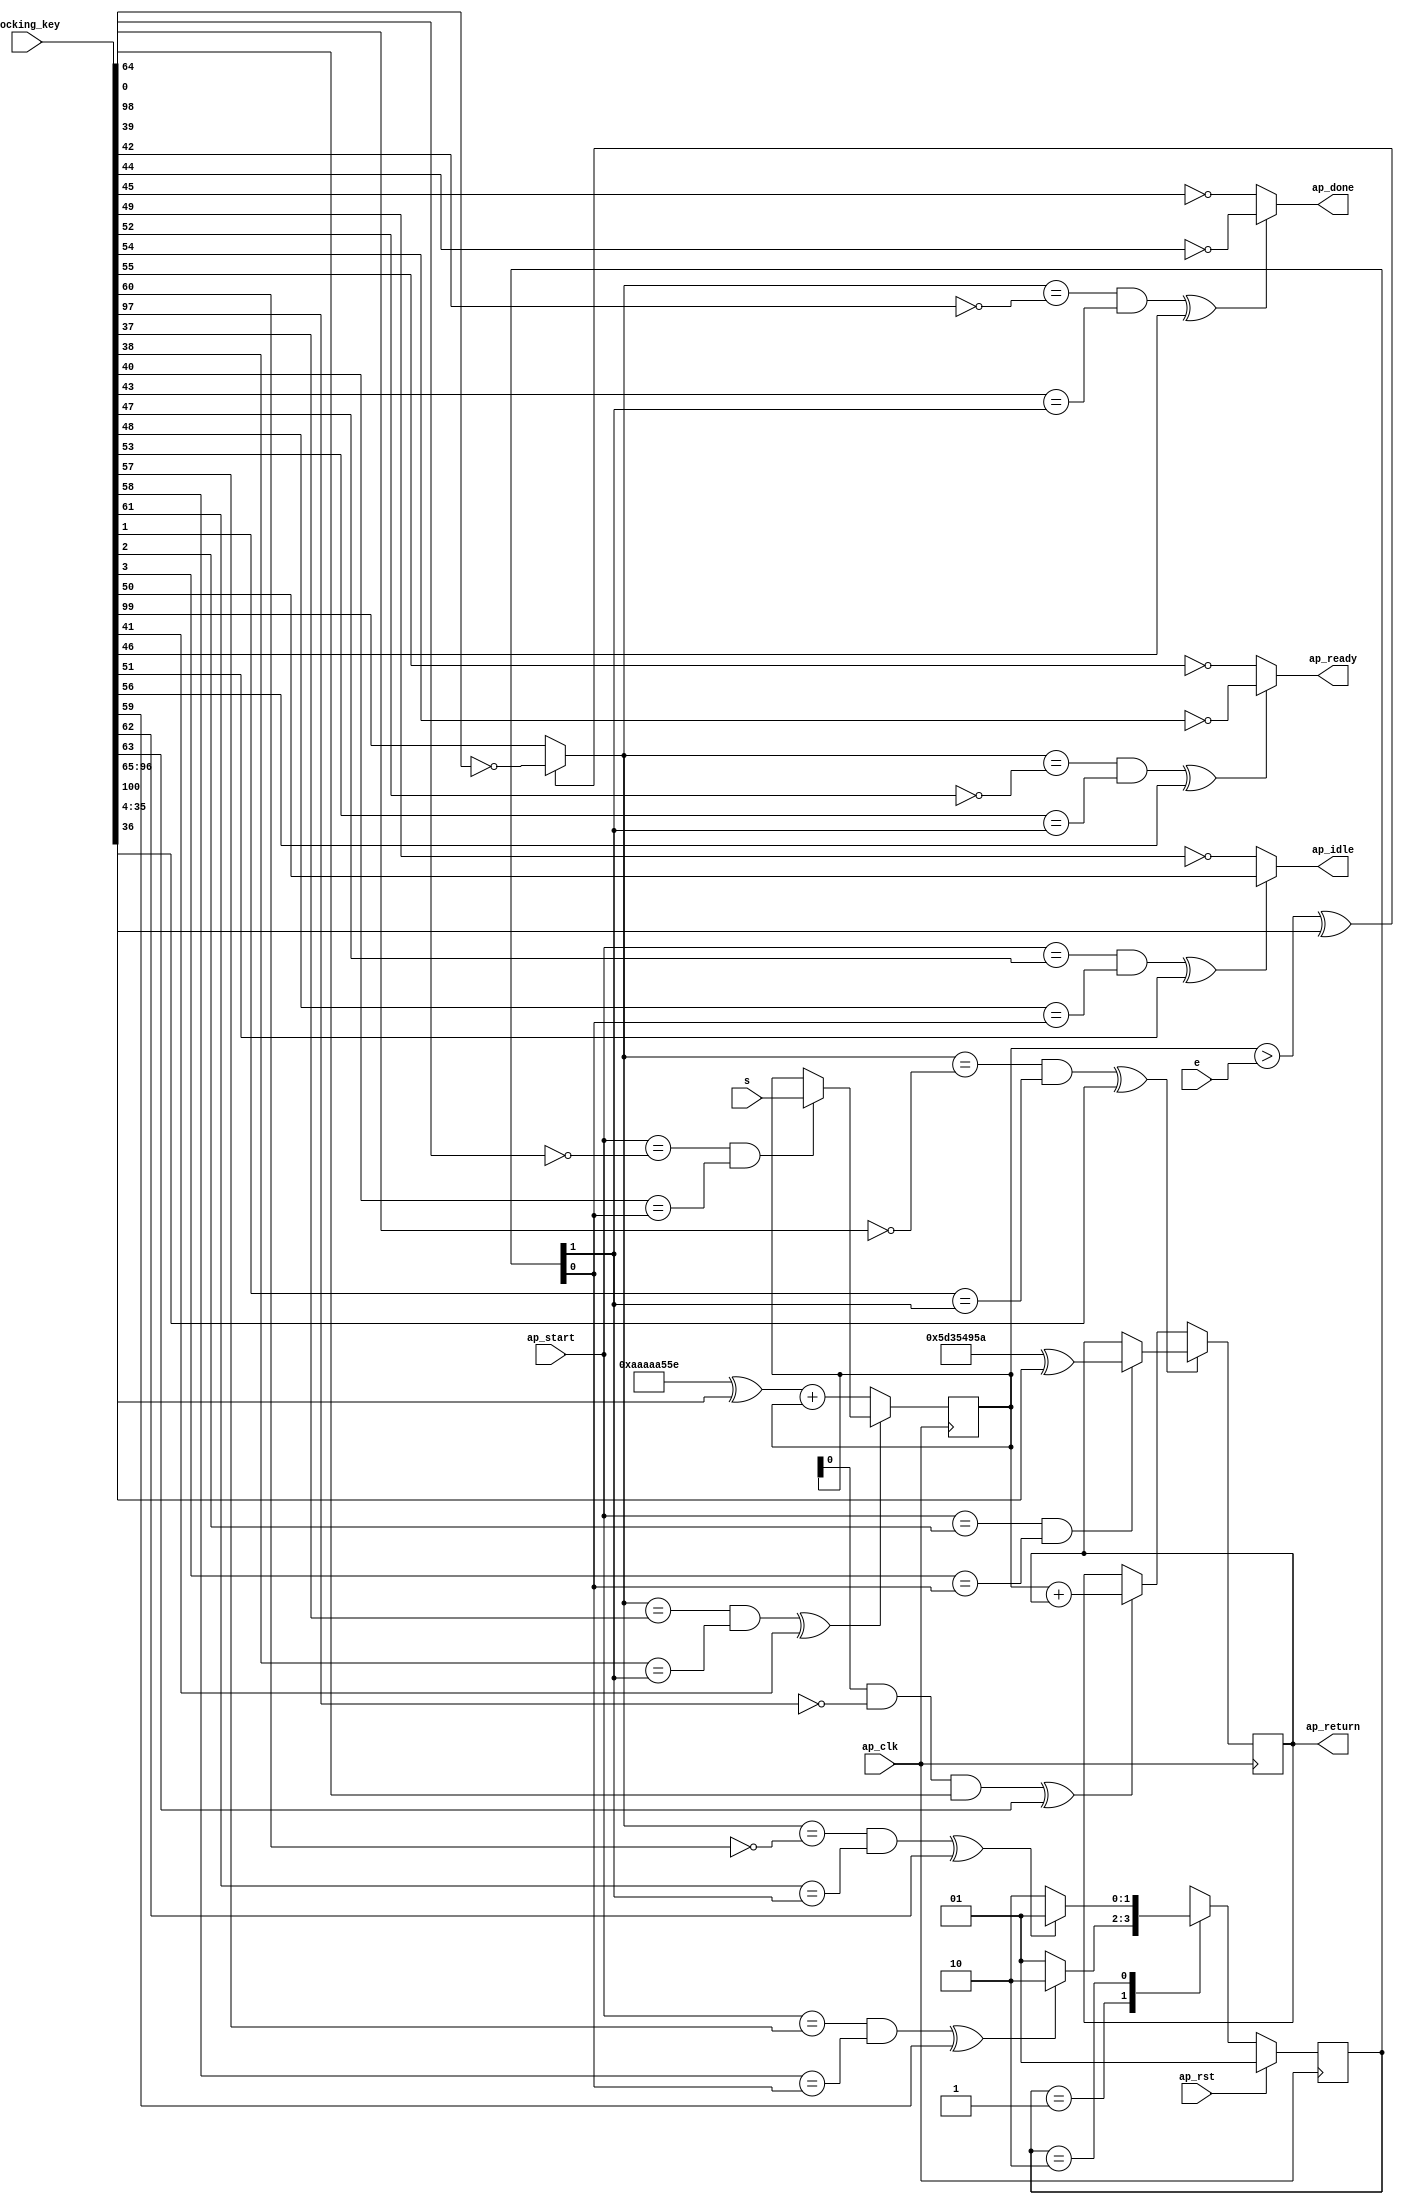
module even_odd_0_obf
(
  ap_clk,
  ap_rst,
  ap_start,
  ap_done,
  ap_idle,
  ap_ready,
  s,
  e,
  ap_return,
  locking_key
);

  parameter ap_ST_fsm_state1 = 2'd1;
  parameter ap_ST_fsm_state2 = 2'd2;
  input ap_clk;
  input ap_rst;
  input ap_start;
  output ap_done;
  output ap_idle;
  output ap_ready;
  input [31:0] s;
  input [31:0] e;
  output [31:0] ap_return;
  reg ap_done;
  reg ap_idle;
  reg ap_ready;
  reg [1:0] ap_CS_fsm;
  wire ap_CS_fsm_state1;
  wire [31:0] evensum_1_fu_63_p3;
  wire ap_CS_fsm_state2;
  wire [0:0] tmp_fu_48_p2;
  wire [31:0] i_1_fu_71_p2;
  reg [31:0] i_reg_28;
  reg [31:0] evensum_reg_37;
  wire [0:0] tmp_1_fu_59_p1;
  wire [0:0] tmp_1_fu_59_p1_temp;
  wire [31:0] evensum_2_fu_53_p2;
  reg [1:0] ap_NS_fsm;
  wire Const_0;
  wire Const_1;
  wire Const_2;
  wire Const_3;
  wire [31:0] Const_4;
  wire Const_5;
  wire Const_6;
  wire Const_7;
  wire Const_8;
  wire Const_9;
  wire Const_10;
  wire Const_11;
  wire Const_12;
  wire Const_13;
  wire Const_14;
  wire Const_15;
  wire Const_16;
  wire Const_17;
  wire Const_18;
  wire Const_19;
  wire Const_20;
  wire Const_21;
  wire Const_22;
  wire Const_23;
  wire Const_24;
  wire Const_25;
  wire [31:0] Const_26;
  wire Const_27;
  wire Const_28;
  wire Const_29;
  input [254:0] locking_key;
  wire [100:0] working_key;

  initial begin
    #0 ap_CS_fsm = 2'd1;
  end


  always @(posedge ap_clk) begin
    if(ap_rst == 1'b1) begin
      ap_CS_fsm <= ap_ST_fsm_state1;
    end else begin
      ap_CS_fsm <= ap_NS_fsm;
    end
  end

  assign Const_0 = (1'b1 ^ working_key[0]);
  assign Const_1 = (1'b0 ^ working_key[1]);
  assign Const_2 = (1'b0 ^ working_key[2]);
  assign Const_3 = (1'b0 ^ working_key[3]);
  assign Const_4 = (32'b01011101001101010100100101011010 ^ working_key[35:4]);

  always @(posedge ap_clk) begin
    if(((tmp_fu_48_p2 == Const_0) & (Const_1 == ap_CS_fsm_state2) ^ working_key[36]) == 1'b0) begin
      evensum_reg_37 <= evensum_1_fu_63_p3;
    end else if((ap_start == Const_2) & (Const_3 == ap_CS_fsm_state1)) begin
      evensum_reg_37 <= Const_4;
    end 
  end

  assign Const_5 = (1'b0 ^ working_key[37]);
  assign Const_6 = (1'b0 ^ working_key[38]);
  assign Const_7 = (1'b1 ^ working_key[39]);
  assign Const_8 = (1'b0 ^ working_key[40]);

  always @(posedge ap_clk) begin
    if(((tmp_fu_48_p2 == Const_5) & (Const_6 == ap_CS_fsm_state2) ^ working_key[41]) == 1'b0) begin
      i_reg_28 <= i_1_fu_71_p2;
    end else if((ap_start == Const_7) & (Const_8 == ap_CS_fsm_state1)) begin
      i_reg_28 <= s;
    end 
  end

  assign Const_9 = (1'b1 ^ working_key[42]);
  assign Const_10 = (1'b0 ^ working_key[43]);
  assign Const_11 = (1'b1 ^ working_key[44]);
  assign Const_12 = (1'b1 ^ working_key[45]);

  always @(*) begin
    if(((tmp_fu_48_p2 == Const_9) & (Const_10 == ap_CS_fsm_state2) ^ working_key[46]) == 1'b1) begin
      ap_done = Const_11;
    end else begin
      ap_done = Const_12;
    end
  end

  assign Const_13 = (1'b0 ^ working_key[47]);
  assign Const_14 = (1'b0 ^ working_key[48]);
  assign Const_15 = (1'b1 ^ working_key[49]);
  assign Const_16 = (1'b0 ^ working_key[50]);

  always @(*) begin
    if(((ap_start == Const_13) & (Const_14 == ap_CS_fsm_state1) ^ working_key[51]) == 1'b1) begin
      ap_idle = Const_16;
    end else begin
      ap_idle = Const_15;
    end
  end

  assign Const_17 = (1'b1 ^ working_key[52]);
  assign Const_18 = (1'b0 ^ working_key[53]);
  assign Const_19 = (1'b1 ^ working_key[54]);
  assign Const_20 = (1'b1 ^ working_key[55]);

  always @(*) begin
    if(((tmp_fu_48_p2 == Const_17) & (Const_18 == ap_CS_fsm_state2) ^ working_key[56]) == 1'b1) begin
      ap_ready = Const_19;
    end else begin
      ap_ready = Const_20;
    end
  end

  assign Const_21 = (1'b0 ^ working_key[57]);
  assign Const_22 = (1'b0 ^ working_key[58]);
  assign Const_23 = (1'b1 ^ working_key[60]);
  assign Const_24 = (1'b0 ^ working_key[61]);

  always @(*) begin
    case(ap_CS_fsm)
      ap_ST_fsm_state1: begin
        if(((ap_start == Const_21) & (Const_22 == ap_CS_fsm_state1) ^ working_key[59]) == 1'b1) begin
          ap_NS_fsm = ap_ST_fsm_state2;
        end else begin
          ap_NS_fsm = ap_ST_fsm_state1;
        end
      end
      ap_ST_fsm_state2: begin
        if(((tmp_fu_48_p2 == Const_23) & (Const_24 == ap_CS_fsm_state2) ^ working_key[62]) == 1'b1) begin
          ap_NS_fsm = ap_ST_fsm_state1;
        end else begin
          ap_NS_fsm = ap_ST_fsm_state2;
        end
      end
      default: begin
        ap_NS_fsm = 'bx;
      end
    endcase
  end

  assign ap_CS_fsm_state1 = ap_CS_fsm[32'd0];
  assign ap_CS_fsm_state2 = ap_CS_fsm[32'd1];
  assign ap_return = evensum_reg_37;
  assign evensum_1_fu_63_p3 = ((tmp_1_fu_59_p1_temp ^ working_key[63]) == 1'b1)? evensum_2_fu_53_p2 : evensum_reg_37;
  assign Const_25 = (1'b0 ^ working_key[64]);
  assign tmp_1_fu_59_p1_temp = tmp_1_fu_59_p1 & Const_25;
  assign evensum_2_fu_53_p2 = i_reg_28 + evensum_reg_37;
  assign Const_26 = (32'b10101010101010101010010101011110 ^ working_key[96:65]);
  assign i_1_fu_71_p2 = Const_26 + i_reg_28;
  assign Const_27 = (1'b1 ^ working_key[97]);
  assign tmp_1_fu_59_p1 = i_reg_28 & Const_27;
  assign Const_28 = (1'b1 ^ working_key[98]);
  assign Const_29 = (1'b0 ^ working_key[99]);
  assign tmp_fu_48_p2 = (((i_reg_28 > e) ^ working_key[100]) == 1'b1)? Const_28 : Const_29;
  assign working_key = { locking_key[100:0] };

endmodule